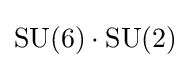
\mathrm {SU} (6)\cdot \mathrm {SU} (2)